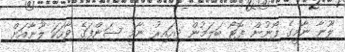
ލޫނާ ނާމީގެ ފޯނުން ފޮޓޯ ބަލަމުން ދިއައިރު ނާމީ ސަންފަގެ ވާހަކަ ލޫނާއަށް